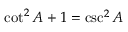
\cot ^ { 2 } A + 1 = \csc ^ { 2 } A